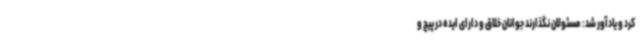
کرد و یادآور شد: مسئولان نگذارند جوانان خلاق و دارای ایده در پیچ و